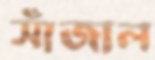
সাঁজাল